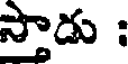
స్తాడు :